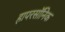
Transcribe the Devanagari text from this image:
हापरसॉनिक